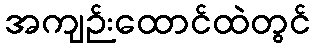
အကျဉ်းထောင်ထဲတွင်